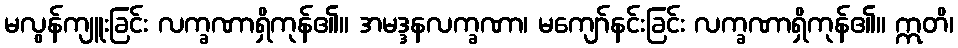
မလွန်ကျူးခြင်း လက္ခဏာရှိကုန်၏။ အမဒ္ဒနလက္ခဏာ၊ မကျော်နင်းခြင်း လက္ခဏာရှိကုန်၏။ ဣတိ၊